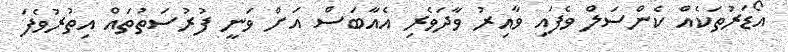
އޯޑަރުތަކެއް ކެންސަލް ވެފައި ވާއިރު ވާދަވެރި އެއާބަސް އަށް ވަނީ ފުރުސަތުތައް އިތުރުވެފަ